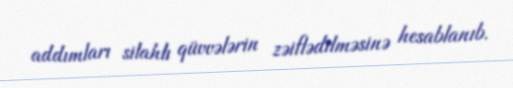
addımları silahlı qüvvələrin zəiflədilməsinə hesablanıb.